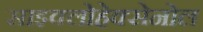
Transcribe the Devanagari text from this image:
साइक्लोहेक्सेनोल